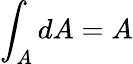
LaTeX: \int_{A}dA=A